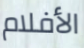
الأفلام